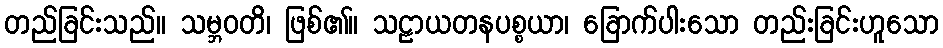
တည်ခြင်းသည်။ သမ္ဘဝတိ၊ ဖြစ်၏။ သဠာယတနပစ္စယာ၊ ခြောက်ပါးသော တည်းခြင်းဟူသော